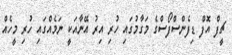
ޗީފް އޮފް ޑިފެންސްފޯސްގެ މަގާމުގައި ހުރި އިރު އޭނާއަކީ ނަމެއްގައި ހުރި މީހެއް